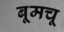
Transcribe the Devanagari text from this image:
बूमचू